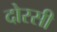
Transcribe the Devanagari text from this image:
दोरसी